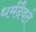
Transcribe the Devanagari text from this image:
धर्मदैवते